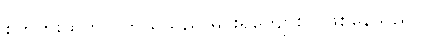
စိတ်ကူးထဲတွင် ကိုယ်သည် မင်းရဲကျော်စွာ ဖြစ်နေသည်။